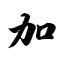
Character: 加